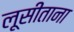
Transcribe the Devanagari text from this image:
लूसीताना